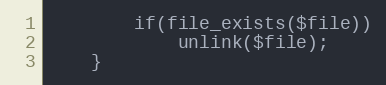
Language: PHP
        if(file_exists($file))
            unlink($file);
    }